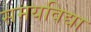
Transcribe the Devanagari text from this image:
समयविद्या